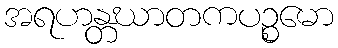
အရဟန္တဃာတကပဉ္စမော